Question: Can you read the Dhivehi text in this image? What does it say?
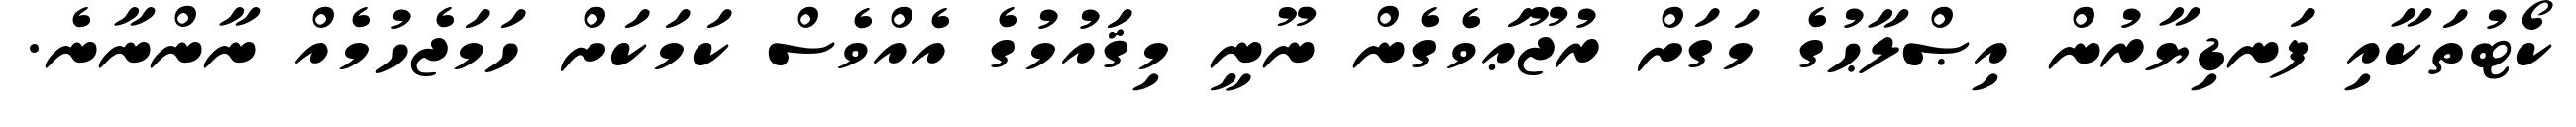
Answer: ކޯޓުތަކާއި ފަނޑިޔާރުން އިޞްލާޙުގެ މަގަށް ރުޖޫޢަވެގެން ނޫނީ މިޤައުމުގެ އެއްވެސް ކަމަކަށް ހަމަޖެހުމެއް ނާންނާނެ.